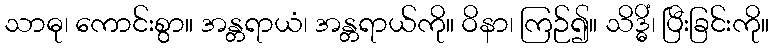
သာဓု၊ ကောင်းစွာ။ အန္တရာယံ၊ အန္တရာယ်ကို။ ဝိနာ၊ ကြဉ်၍။ သိဒ္ဓိံ၊ ပြီးခြင်းကို။